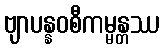
ဗျာပန္နဝစီကမ္မန္တဿ